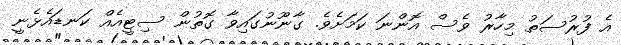
އެ ފުރުސަތު މިހާރު ވެސް އޮންނަ ކަމަށެވެ. ގާނޫނުގައިވާ ގޮތުން ސިޓީއެއް ކަނޑައެޅެނީ